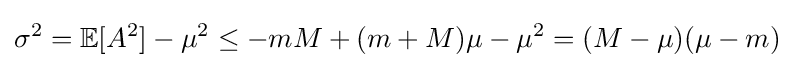
\sigma ^{2}=\mathbb {E} [A^{2}]-\mu ^{2}\leq -mM+(m+M)\mu -\mu ^{2}=(M-\mu )(\mu -m)